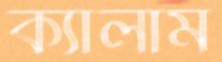
ক্যালাম